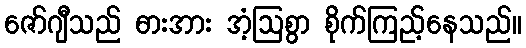
ဇော်ဂျီသည် ဓားအား အံ့ဩစွာ စိုက်ကြည့်နေသည်။